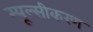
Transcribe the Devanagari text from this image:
म्यूल्सीकरण